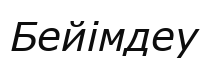
Бейімдеу